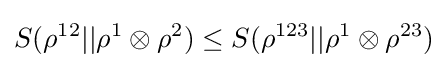
S(\rho ^{12}||\rho ^{1}\otimes \rho ^{2})\leq S(\rho ^{123}||\rho ^{1}\otimes \rho ^{23})